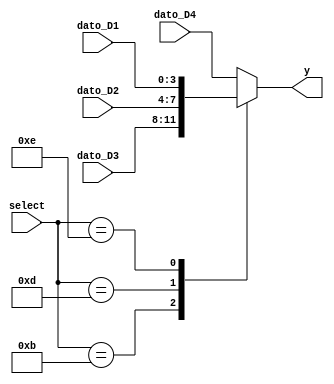
`timescale 1ns / 1ps

module Mux_Displays(  // este multiplexor toma los valores del decodificador y pasa al decodificador de 7 segmentos el numero a mostrar
    input [3:0] select,   //esta entrada proviene del contador para igualmente barrer cada display
    input [3:0] dato_D1,  //se colocan cada uno de los numeros a mostrar en las entradas del multiplexor como se pude ver son D1,D2,D3,D4 
	 input [3:0] dato_D2,
	 input [3:0] dato_D3,
	 input [3:0] dato_D4,

    output reg [3:0] y //se define la salida del mux
    );
always @*
	begin
		case (select) //dependiendo del display que se vca mostrando se coloca el dato a la salida
			4'b0111: y=dato_D4;
			4'b1011: y=dato_D3;
			4'b1101: y=dato_D2;
			4'b1110: y=dato_D1;
			default: y=dato_D4;		//determinadamente se muestra en el display menos significativo
		endcase
end
endmodule